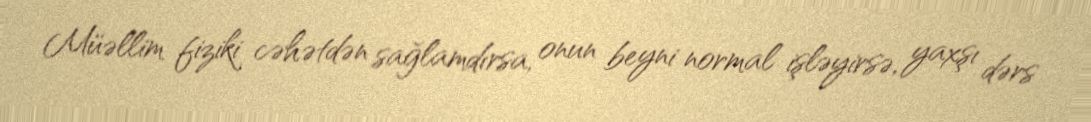
Müəllim fiziki cəhətdən sağlamdırsa, onun beyni normal işləyirsə, yaxşı dərs